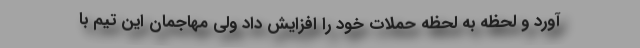
آورد و لحظه به لحظه حملات خود را افزایش داد ولی مهاجمان این تیم با